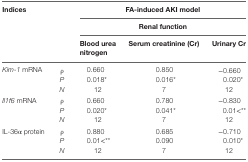
<table><thead><tr><td rowspan="3" colspan="2"><b>Indices</b></td><td colspan="3"><b>FA-induced AKI model</b></td></tr><tr><td colspan="3"><b>Renal function</b></td></tr><tr><td><b>Blood urea nitrogen</b></td><td><b>Serum creatinine (Cr)</b></td><td><b>Urinary Cr</b></td></tr></thead><tbody><tr><td rowspan="3"><i>Kim-1</i> mRNA</td><td>ρ</td><td>0.660</td><td>0.850</td><td>−0.660</td></tr><tr><td><i>P</i></td><td>0.018*</td><td>0.016*</td><td>0.020*</td></tr><tr><td><i>N</i></td><td>12</td><td>7</td><td>12</td></tr><tr><td rowspan="3"><i>Il1f6</i> mRNA</td><td>ρ</td><td>0.660</td><td>0.780</td><td>−0.830</td></tr><tr><td><i>P</i></td><td>0.020*</td><td>0.041*</td><td>0.01&lt;**</td></tr><tr><td><i>N</i></td><td>12</td><td>7</td><td>12</td></tr><tr><td rowspan="3">IL-36α protein</td><td>ρ</td><td>0.880</td><td>0.685</td><td>−0.710</td></tr><tr><td><i>P</i></td><td>0.01&lt;**</td><td>0.090</td><td>0.010*</td></tr><tr><td><i>N</i></td><td>12</td><td>7</td><td>12</td></tr></tbody></table>